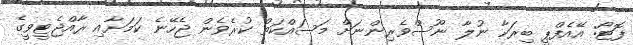
ފޮޓޯ: އޭއެފްޕީ ބިރަކާ ނުލާ ނޫސްވެރިންނަށް މަސައްކަތް ކުރެވެން ޖެހޭނެ ކަމަށާއި ރާއްޖެޓީވީގެ